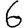
Digit: 6